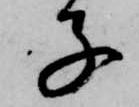
子